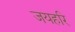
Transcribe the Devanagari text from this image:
जयहरि